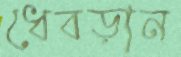
ধেবড়ান